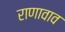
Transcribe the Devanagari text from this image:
राणावाव